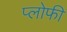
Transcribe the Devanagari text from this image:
प्लोफी